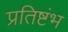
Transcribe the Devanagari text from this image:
प्रतिष्टंभ